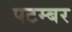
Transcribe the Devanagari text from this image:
पटम्‍बर